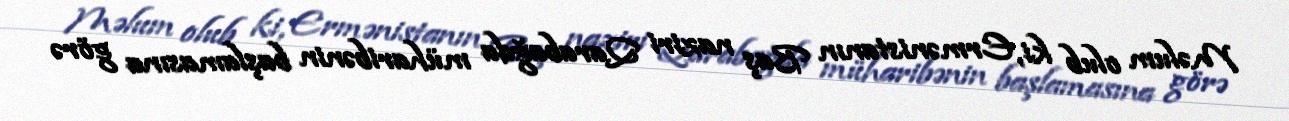
Məlum olub ki, Ermənistanın Baş naziri Qarabağda müharibənin başlamasına görə